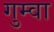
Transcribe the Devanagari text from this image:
गुम्वा